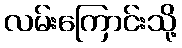
လမ်းကြောင်းသို့